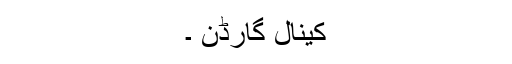
کینال گارڈن ۔